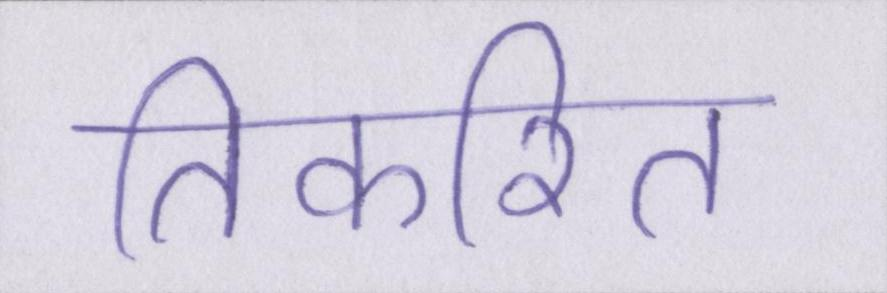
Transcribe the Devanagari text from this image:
तिकरित